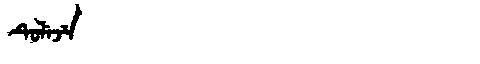
Manchu: ᡨᡠᠯᡝᠵᡝ
Romanization: TULEJE